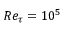
R e _ { \tau } = 1 0 ^ { 5 }